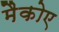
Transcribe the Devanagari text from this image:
मैकोए